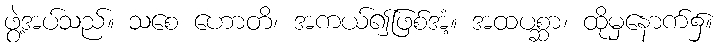
ဖွဲ့အပ်သည်။ သစေ ဟောတိ၊ အကယ်၍ဖြစ်အံ့။ အထပစ္ဆာ၊ ထိုမှနောက်၌။